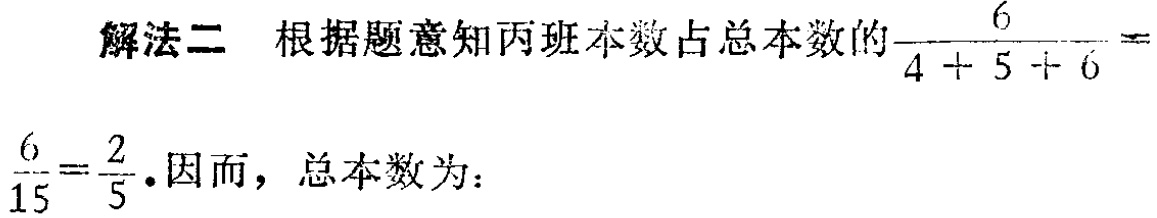
解法二 根据题意知丙班本数占总本数的$\frac{6}{4 + 5 + 6} = \frac{6}{15}=\frac{2}{5}$. 因而，总本数为：